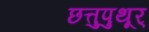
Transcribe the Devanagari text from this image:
छत्तुपुथूर्